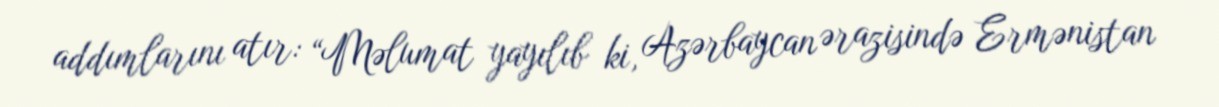
addımlarını atır: “Məlumat yayılıb ki, Azərbaycan ərazisində Ermənistan